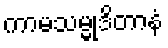
ကာမသမ္မုဒိတာနံ